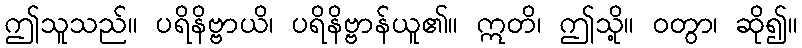
ဤသူသည်။ ပရိနိဗ္ဗာယိ၊ ပရိနိဗ္ဗာန်ယူ၏။ ဣတိ၊ ဤသို့။ ဝတွာ၊ ဆို၍။